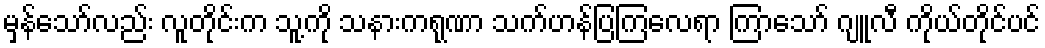
မှန်သော်လည်း လူတိုင်းက သူ့ကို သနားကရုဏာ သက်ဟန်ပြကြလေရာ ကြာသော် ဂျူလီ ကိုယ်တိုင်ပင်